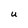
Character: U